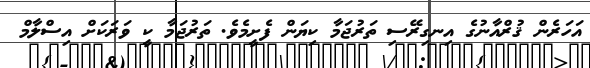
އަހަރެން ޤުރްއާނުގެ އިނގިރޭސި ތަރުޖަމާ ކިޔަން ފެށީމެވެ. ތަރުޖަމާ ކީ ވަރަކަށް އިސްލާމް